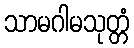
သာမဂါမသုတ္တံ